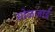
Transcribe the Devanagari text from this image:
सोळजाई